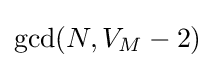
\gcd(N,V_{M}-2)